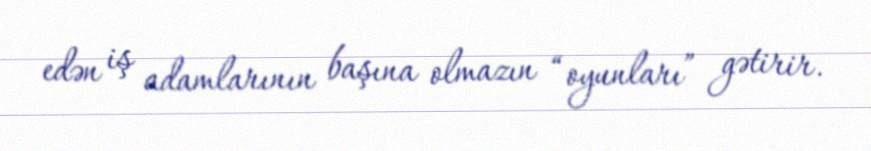
edən iş adamlarının başına olmazın “oyunları” gətirir.